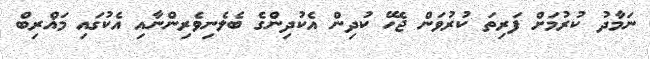
ނަމާދު ކުރުމަށް ފަރިތަ ކުރުވަން ޖެހޭ ކުދިން އެކުދިންގެ ބެލެނިވެރިންނާއި އެކުގައި މަޣްރިބް